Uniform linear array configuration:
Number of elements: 48
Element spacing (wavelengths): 0.25
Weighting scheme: cosine
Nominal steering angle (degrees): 45
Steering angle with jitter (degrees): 43.734
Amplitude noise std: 0.05
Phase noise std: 0.05

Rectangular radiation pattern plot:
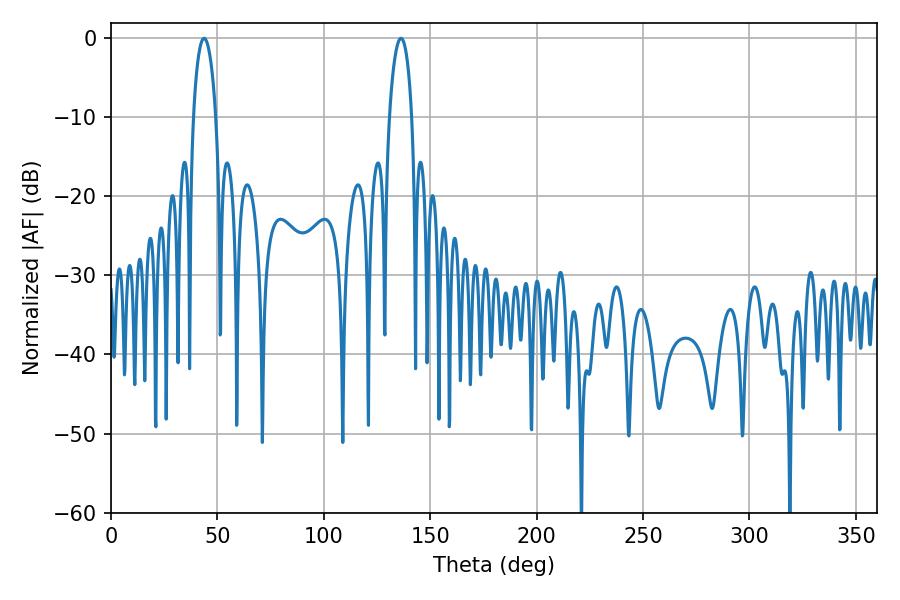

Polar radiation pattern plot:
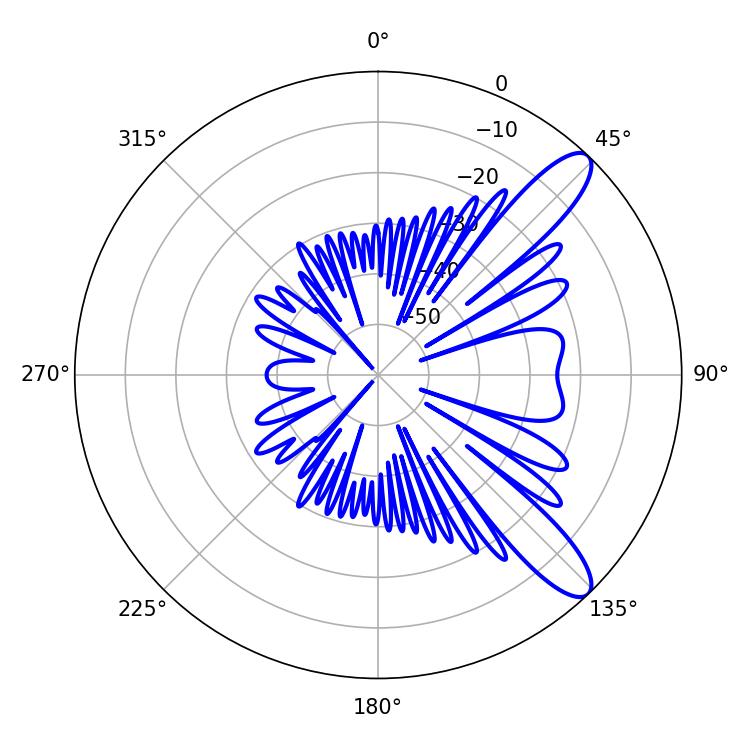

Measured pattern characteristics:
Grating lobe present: FALSE
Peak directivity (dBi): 10.901
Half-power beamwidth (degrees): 5.94
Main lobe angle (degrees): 43.74